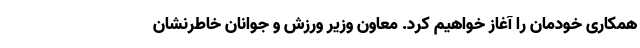
همکاری خودمان را آغاز خواهیم کرد. معاون وزیر ورزش و جوانان خاطرنشان